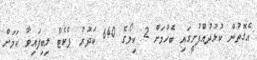
އެގޮތުން ކުޅުދުއްފުށީގައި ބެހުމަށް 2 ކިލޯގެ 640 ކަދުރު ޕެކެޓް ލިބިފައިވާ ކަމަށް